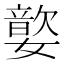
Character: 嬜